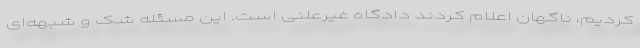
کردیم، ناگهان اعلام کردند دادگاه غیرعلنی است. این مسئله شک و شبهه‌ای